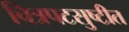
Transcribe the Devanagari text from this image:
चित्रपटसुष्टीत